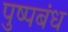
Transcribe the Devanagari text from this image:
पुष्पबंध